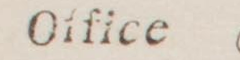
Office